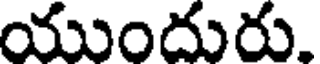
యుందురు.